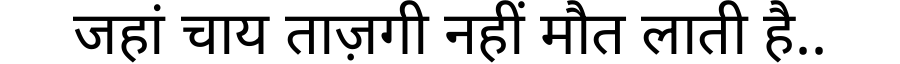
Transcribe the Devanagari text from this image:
जहां चाय ताज़गी नहीं मौत लाती है..